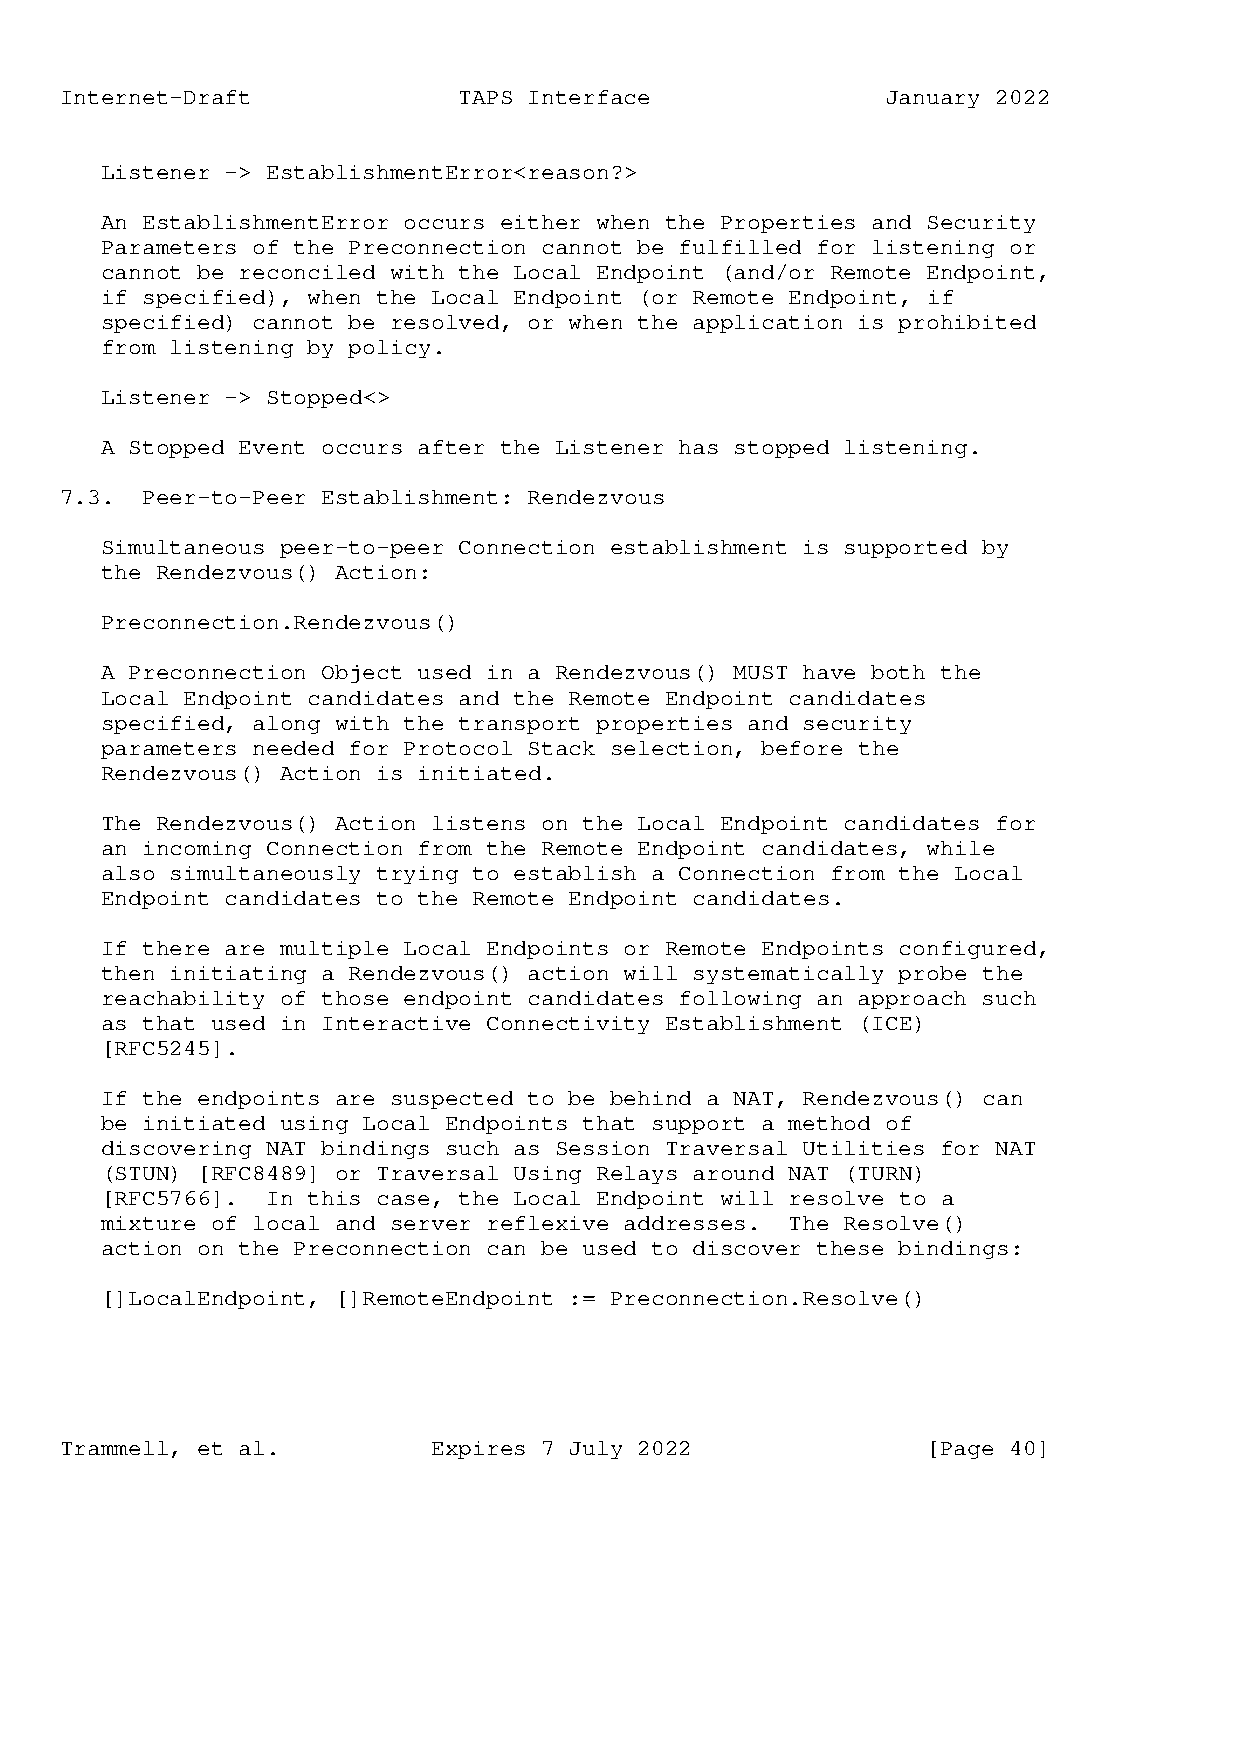
Internet-Draft            TAPS Interface               January 2022
 Listener -> EstablishmentError<reason?>
 An EstablishmentError occurs either when the Properties and Security
 Parameters of the Preconnection cannot be fulfilled for listening or
 cannot be reconciled with the Local Endpoint (and/or Remote Endpoint,
 if specified), when the Local Endpoint (or Remote Endpoint, if
 specified) cannot be resolved, or when the application is prohibited
 from listening by policy.
 Listener -> Stopped<>
 A Stopped Event occurs after the Listener has stopped listening.
 7.3. Peer-to-Peer Establishment: Rendezvous
 Simultaneous peer-to-peer Connection establishment is supported by
 the Rendezvous() Action:
 Preconnection.Rendezvous()
 A Preconnection Object used in a Rendezvous() MUST have both the
 Local Endpoint candidates and the Remote Endpoint candidates
 specified, along with the transport properties and security
 parameters needed for Protocol Stack selection, before the
 Rendezvous() Action is initiated.
 The Rendezvous() Action listens on the Local Endpoint candidates for
 an incoming Connection from the Remote Endpoint candidates, while
 also simultaneously trying to establish a Connection from the Local
 Endpoint candidates to the Remote Endpoint candidates.
 If there are multiple Local Endpoints or Remote Endpoints configured,
 then initiating a Rendezvous() action will systematically probe the
 reachability of those endpoint candidates following an approach such
 as that used in Interactive Connectivity Establishment (ICE)
 [RFC5245].
 If the endpoints are suspected to be behind a NAT, Rendezvous() can
 be initiated using Local Endpoints that support a method of
 discovering NAT bindings such as Session Traversal Utilities for NAT
 (STUN) [RFC8489] or Traversal Using Relays around NAT (TURN)
 [RFC5766]. In this case, the Local Endpoint will resolve to a
 mixture of local and server reflexive addresses. The Resolve()
 action on the Preconnection can be used to discover these bindings:
 []LocalEndpoint, []RemoteEndpoint := Preconnection.Resolve()
 Trammell, et al.         Expires 7 July 2022             [Page 40]